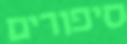
סיפורים